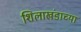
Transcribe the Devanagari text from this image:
शिलाखंडाच्या